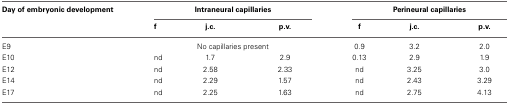
<table><thead><tr><td><b>Day of embryonic development</b></td><td colspan="3"><b>Intraneural capillaries</b></td><td colspan="3"><b>Perineural capillaries</b></td></tr><tr><td></td><td><b>f</b></td><td><b>j.c.</b></td><td><b>p.v.</b></td><td><b>f</b></td><td><b>j.c.</b></td><td><b>p.v.</b></td></tr></thead><tbody><tr><td>E9</td><td></td><td>No capillaries present</td><td></td><td>0.9</td><td>3.2</td><td>2.0</td></tr><tr><td>E10</td><td>nd</td><td>1.7</td><td>2.9</td><td>0.13</td><td>2.9</td><td>1.9</td></tr><tr><td>E12</td><td>nd</td><td>2.58</td><td>2.33</td><td>nd</td><td>3.25</td><td>3.0</td></tr><tr><td>E14</td><td>nd</td><td>2.29</td><td>1.57</td><td>nd</td><td>2.43</td><td>3.29</td></tr><tr><td>E17</td><td>nd</td><td>2.25</td><td>1.63</td><td>nd</td><td>2.75</td><td>4.13</td></tr></tbody></table>